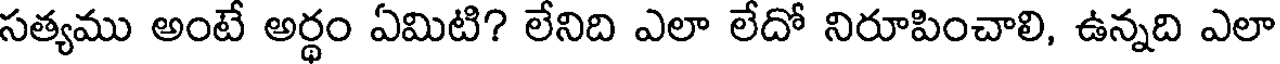
సత్యము అంటే అర్థం ఏమిటి? లేనిది ఎలా లేదో నిరూపించాలి, ఉన్నది ఎలా